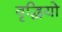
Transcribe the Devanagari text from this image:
वृद्धियो